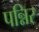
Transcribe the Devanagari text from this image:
पन्निर